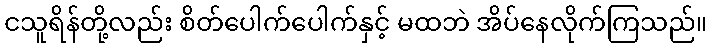
ငသူရိန်တို့လည်း စိတ်ပေါက်ပေါက်နှင့် မထဘဲ အိပ်နေလိုက်ကြသည်။